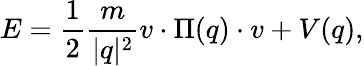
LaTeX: E=\frac{1}{2}\frac{m}{\vert q\vert^{2}}v\cdot\Pi(q)\cdot v+V(q),